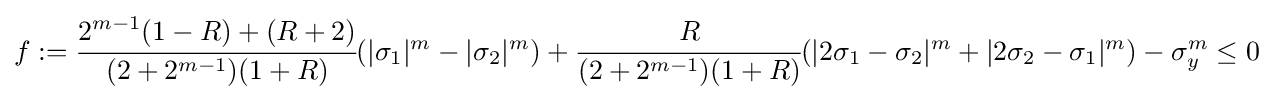
f:={\cfrac {2^{m-1}(1-R)+(R+2)}{(2+2^{m-1})(1+R)}}(|\sigma _{1}|^{m}-|\sigma _{2}|^{m})+{\cfrac {R}{(2+2^{m-1})(1+R)}}(|2\sigma _{1}-\sigma _{2}|^{m}+|2\sigma _{2}-\sigma _{1}|^{m})-\sigma _{y}^{m}\leq 0